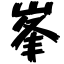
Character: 峯